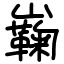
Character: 巈